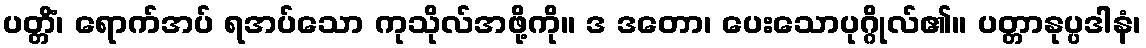
ပတ္တိံ၊ ရောက်အပ် ရအပ်သော ကုသိုလ်အဖို့ကို။ ဒ ဒတော၊ ပေးသောပုဂ္ဂိုလ်၏။ ပတ္တာနုပ္ပဒါနံ၊